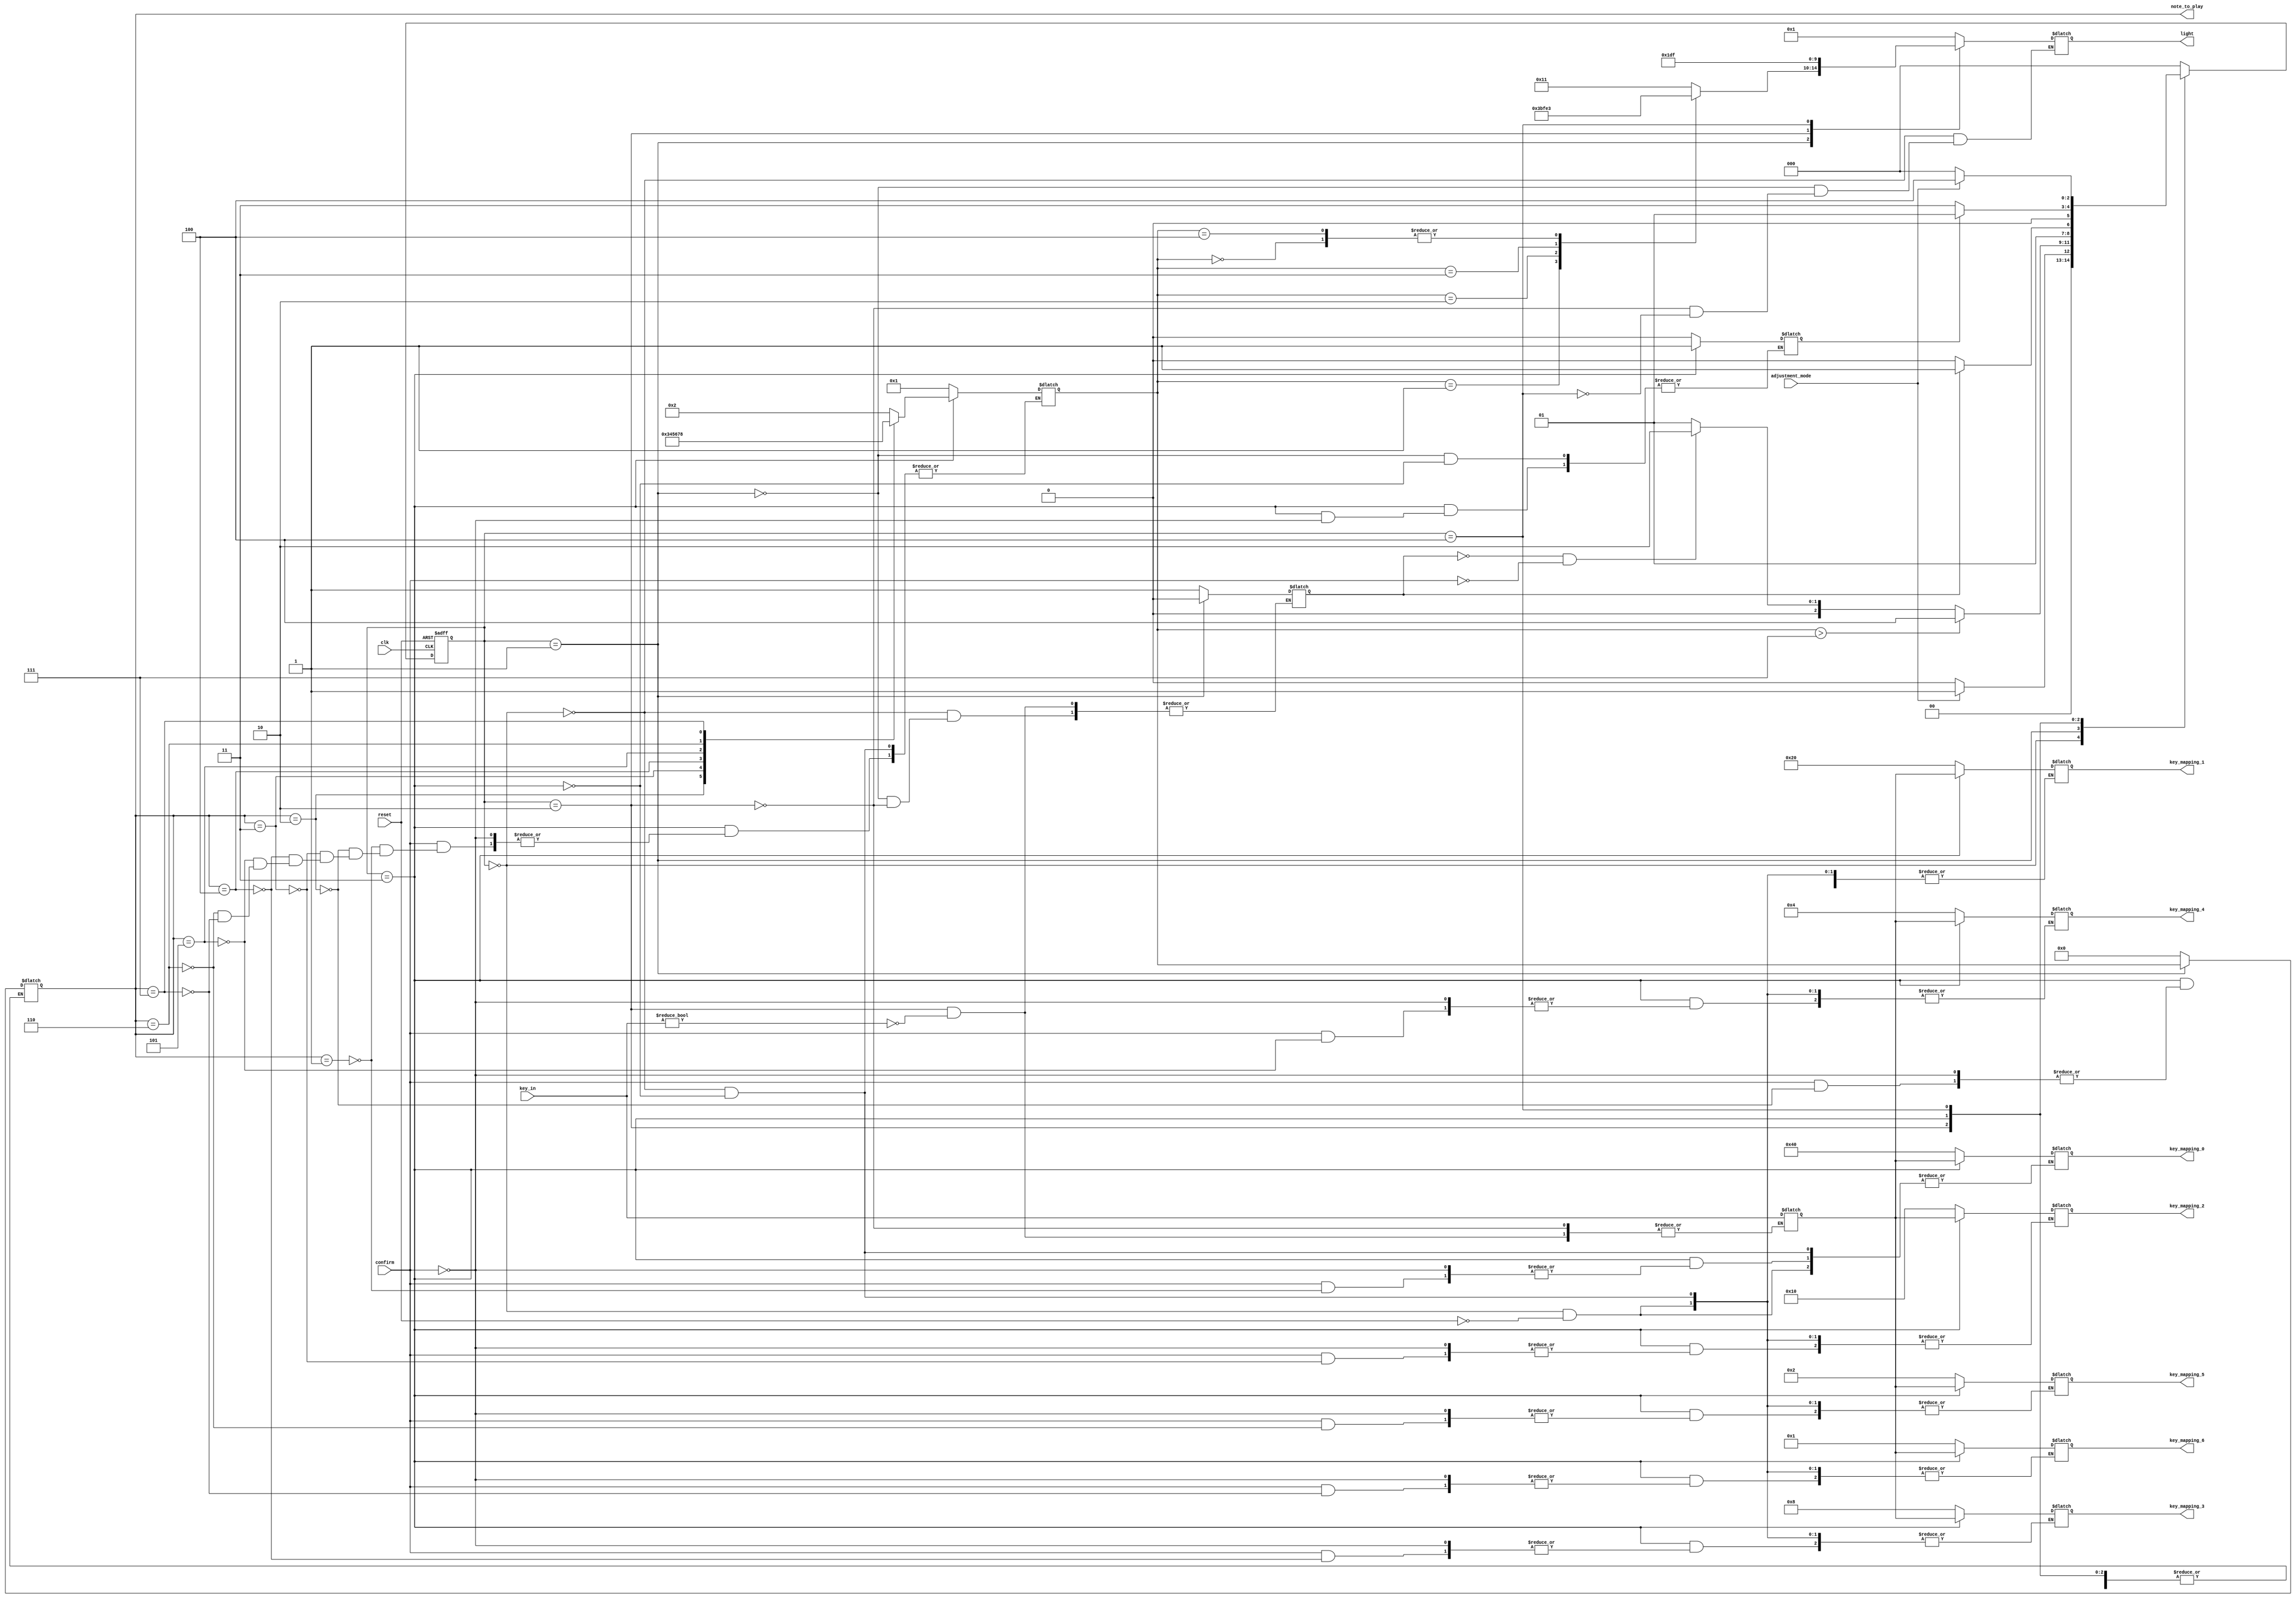
`timescale 1ns / 1ps
module AdjustmentModeControl(
    input wire clk,
    input wire reset,
    input wire adjustment_mode, 
    input wire confirm, 
    input wire [6:0] key_in, 
    output reg [3:0] note_to_play,
    output reg [6:0] key_mapping_0,
    output reg [6:0] key_mapping_1,
    output reg [6:0] key_mapping_2,
    output reg [6:0] key_mapping_3,
    output reg [6:0] key_mapping_4,
    output reg [6:0] key_mapping_5,
    output reg [6:0] key_mapping_6,
    output reg [4:0] light
);

// Local parameters for state definitions
localparam IDLE = 3'b000,
           PLAY_NOTE = 3'b001,
           WAIT_FOR_KEY = 3'b010,
           CONFIRM_KEY = 3'b011,
           COMPLETE = 3'b100;


// State and next state registers
reg [2:0] state, next_state;
// Output registers
reg [3:0] current_note;
reg [6:0] selected_key;
reg key_selected,con;

// Mealy state machine
always @(posedge clk or posedge reset) begin
    if (reset) begin
        // Reset state and set default key mappings
        state <= IDLE;
      
//        note_to_play <= 0;
    end else begin
        state <= next_state;
    end
end

initial begin
current_note <= 0;
note_to_play <= 0;
end

always@(*) begin
    case (state)
        IDLE: begin
            if (adjustment_mode) next_state <= PLAY_NOTE;
            else next_state <= IDLE;  
        end
        
        PLAY_NOTE: begin
         if ((!key_selected) && (!confirm)) begin next_state <= WAIT_FOR_KEY; end
        else begin next_state <= PLAY_NOTE; end
        
        if (current_note > 7) begin next_state <= COMPLETE; end// Check if all notes played

        end
        
        WAIT_FOR_KEY: begin
            if (key_selected) next_state <= CONFIRM_KEY;
            else next_state <= WAIT_FOR_KEY;
        end
        
        CONFIRM_KEY: begin
            if (con) next_state <= PLAY_NOTE;
            else next_state <= CONFIRM_KEY;
        end
        
         COMPLETE: begin
         if(!adjustment_mode) next_state <= IDLE;
         else next_state <= COMPLETE;
         end
         
        default next_state <= IDLE;    
          
           endcase
       end
       


always@(*) begin
    case (state)
        IDLE: begin
            current_note <= 4'b0001; // Start from 1
            key_selected <= 1;
//            display_number = 1;
            light <= 5'b00001;
            if (reset) begin
//                          key_mapping_0 = 7'b0000001;
//                          key_mapping_1 = 7'b0000010;
//                          key_mapping_2 = 7'b0000100;
//                          key_mapping_3 = 7'b0001000;
//                          key_mapping_4 = 7'b0010000;
//                          key_mapping_5 = 7'b0100000;
//                          key_mapping_6 = 7'b1000000;
                  key_mapping_6 <= 7'b0000001;
                  key_mapping_5 <= 7'b0000010;
                  key_mapping_4 <= 7'b0000100;
                  key_mapping_3 <= 7'b0001000;
                  key_mapping_2 <= 7'b0010000;
                  key_mapping_1 <= 7'b0100000;
                  key_mapping_0 <= 7'b1000000;
                    end
        end
        
        PLAY_NOTE: begin
            note_to_play <= current_note;
            key_selected <= 0;
            con <= 0;
            
            case(current_note)
            0:light <= 5'b00011;
            1:light <= 5'b00111;
            2:light <= 5'b01111;
            3:light <= 5'b11111;
            4:light <= 5'b00011;
            default   light <= 5'b10001;


            endcase
        end
        
        WAIT_FOR_KEY: begin
//        if (current_note != 1) light = 5'b10000;
//        else light = 5'b00100;
       light <= 5'b01110;
        if (key_in) begin
            selected_key <= key_in;
            key_selected <= 1;
        end
            
        end
        CONFIRM_KEY: begin
        if (confirm) begin
        con = 1;
                case (note_to_play)
                    1: begin key_mapping_0 <= selected_key; 
                                   current_note <= 2;
                    end
                    2: begin key_mapping_1 <= selected_key;
                      current_note <= 3;
                                      end
                    3: begin key_mapping_2 <= selected_key;
                      current_note <= 4;
                                      end
                    4: begin key_mapping_3 <= selected_key;
                      current_note <= 5;
                                      end
                    5: begin key_mapping_4 <= selected_key;
                      current_note <= 6;
                                      end
                    6: begin key_mapping_5 <= selected_key;
                      current_note <= 7;
                                      end
                    7: begin key_mapping_6 <= selected_key;
                      current_note <= 8;
                                      end
                endcase
 
//                light = 5'b01000;
        end
        end
        COMPLETE: begin
//        note_to_play = 0; 
        light <= 5'b11111;     
        end
        
        default  note_to_play <= 0; 
    endcase
end

endmodule